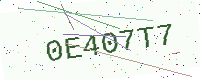
Text: 0E407T7